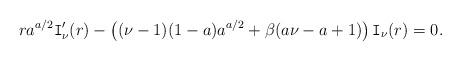
LaTeX: \begin{align*}r a^{a/2} \mathtt{I}'_\nu(r)-\left( (\nu-1)(1-a)a^{a/2}+\beta(a \nu-a+1)\right) \mathtt{I}_\nu(r)=0.\end{align*}